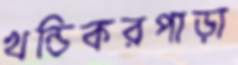
খন্ডিকরপাড়া